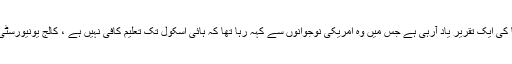
اوباما کی ایک تقریر یاد آرہی ہے جس میں وہ امریکی نوجوانوں سے کہہ رہا تھا کہ ہائی اسکول تک تعلیم کافی نہیں ہے ، کالج یونیورسٹی جاؤ۔